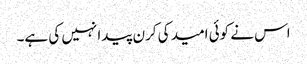
اس نے کوئی امید کی کرن پیدا نہیں کی ہے۔